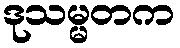
ဒုသမ္မတက